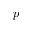
p